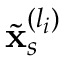
\tilde { \mathbf { x } } _ { s } ^ { ( l _ { i } ) }